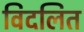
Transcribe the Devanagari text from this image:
विदलित